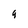
Character: 9